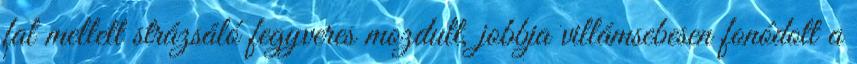
fal mellett strázsáló fegyveres mozdult, jobbja villámsebesen fonódott a